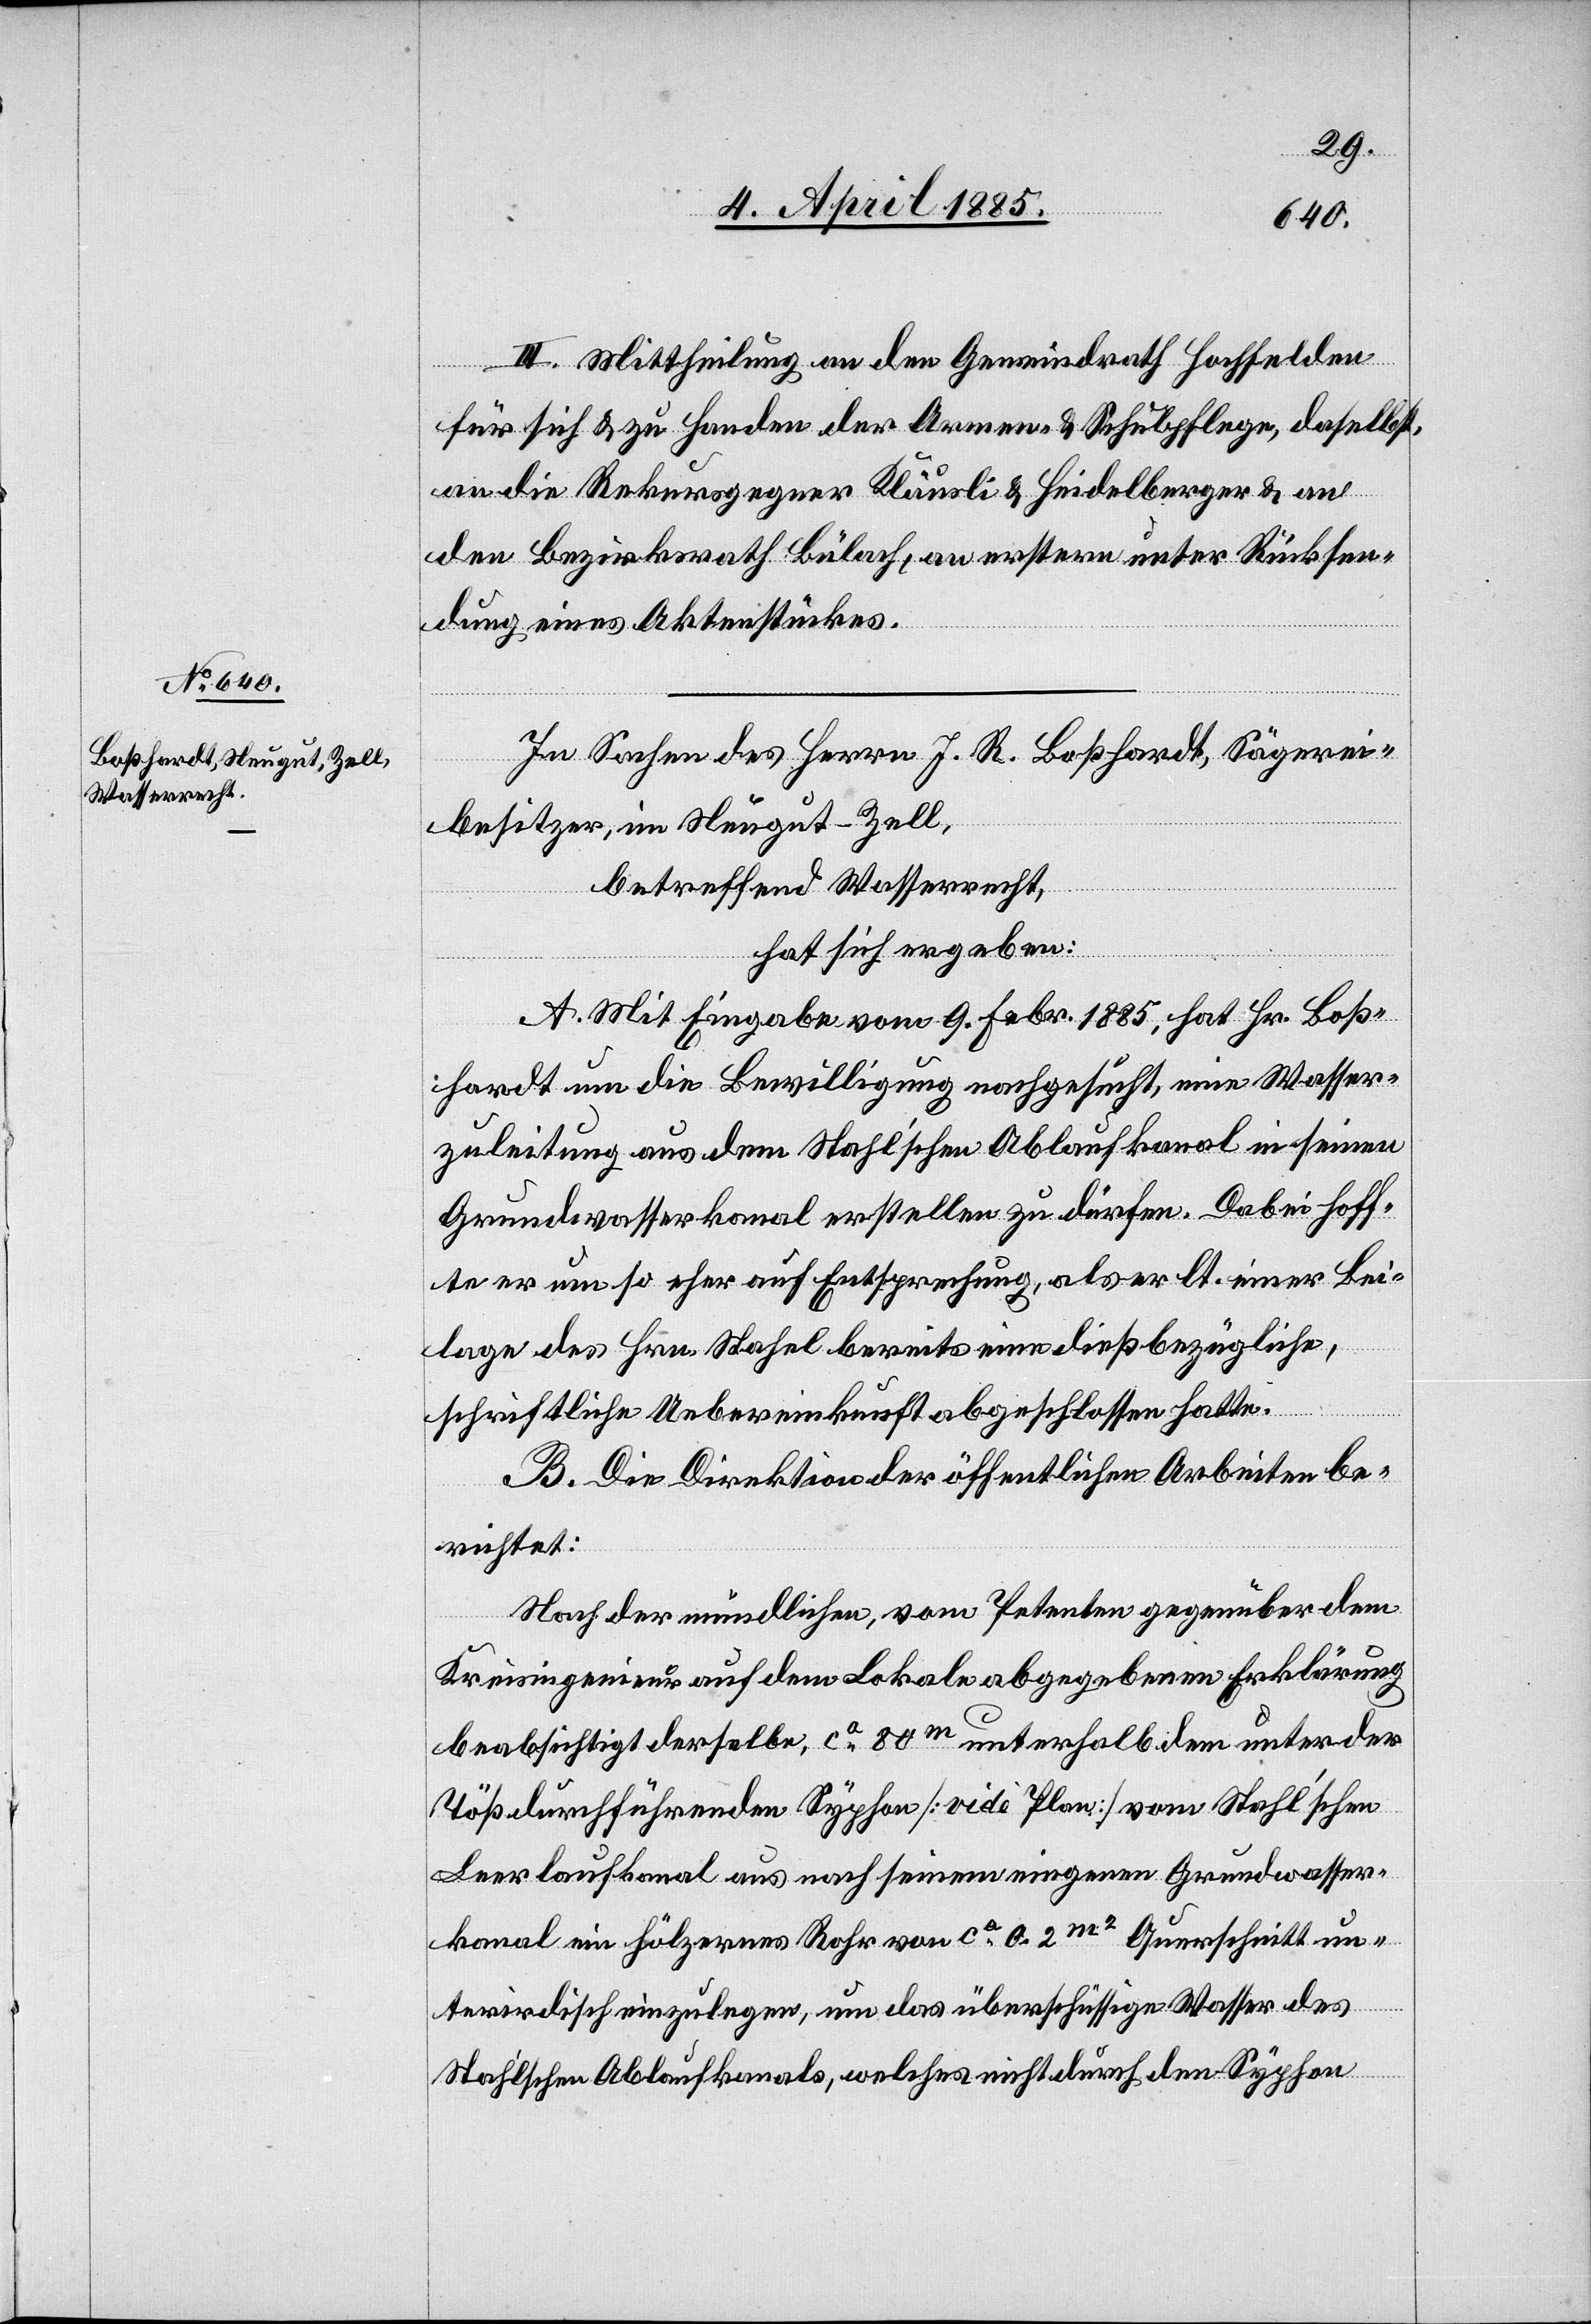
III. Mittheilung an den Gemeindrath Hochfelden
für sich & zu Handen der Armen- & Schulpflege, daselbst,
an die Rekursgegner Kläusli & Heidelberger & an
den Bezirksrath Bülach, an erstern unter Rücksen¬
dung eines Aktenstückes.
In Sachen des Herrn J. R. Boßhardt, Sägerei¬
besitzer, im Neugut - Zell,
betreffend Wasserrecht,
hat sich ergeben:
A. Mit Eingabe vom 9. Febr. 1885, hat Hr. Boß¬
hardt um die Bewilligung nachgesucht, eine Wasser¬
zuleitung aus dem Stahl’schen Ablaufkanal in seinen
Grundwasserkanal erstellen zu dürfen. Dabei hoff¬
t er um so eher auf Entsprechung, als er lt. einer Bei¬
lage des Hrn. Stahel bereits eine dießbezügliche,
schriftliche Uebereinkunft abgeschlossen hatte.
B. Die Direktion der öffentlichen Arbeiten be¬
richtet:
Nach der mündlichen, vom Petenten gegenüber dem
Kreisingenieur auf dem Lokale abgegebenen Erklärung
beabsichtigt derselbe, ca 80 m unterhalb dem unter der
Töß durchführenden Syphon [vide Plan] vom Stahl’schen
Leerlaufkanal aus nach seinem eigenen Grundwasser¬
kanal ein hölzernes Rohr von ca 0.2 m2 Querschnitt un¬
terirdisch einzulegen, um das überschüssige Wasser des
Stahl’schen Ablaufkanals, welches nicht durch den Syphon